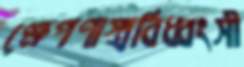
ক্ষেপণাস্ত্রবিধ্বংসী